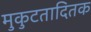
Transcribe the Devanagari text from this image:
मुकुटतादितक